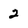
Character: 2